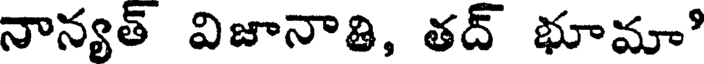
నాన్యత్ విజానాతి, తద్ భూమాి